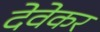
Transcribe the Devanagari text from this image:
देवेकर